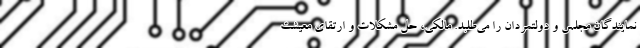
نمایندگان مجلس و دولتمردان را می‌طلبد. مالکی، حل مشکلات و ارتقای معیشت